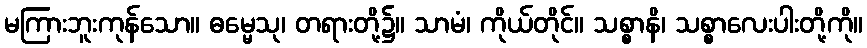
မကြားဘူးကုန်သော။ ဓမ္မေသု၊ တရားတို့၌။ သာမံ၊ ကိုယ်တိုင်။ သစ္စာနိ၊ သစ္စာလေးပါးတို့ကို။